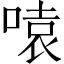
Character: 𪡫